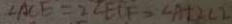
\angle A C E = 2 \angle E C F - \angle A + 2 \angle E